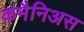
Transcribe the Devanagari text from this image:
कमैनिअस